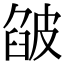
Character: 𤿷